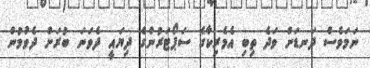
ނަމަވެސް ދަނޑަށް ވަދެ ތިބި އެމެރިކާގެ ސަޕޯޓަރުންގެ ދިޔައީ ދެވަނަ ބުރަށް ދެވުމުން